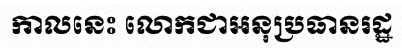
កាលនេះ លោកជាអនុប្រធានរដ្ឋ